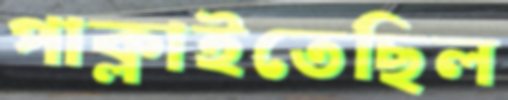
পাক্‌লাইতেছিল